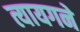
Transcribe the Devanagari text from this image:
त्यायगने